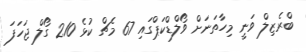
ބްރެޒިލް ވަނީ މިހާތަނަށް ވޯލްޑްކަޕްގައި 67 މެޗް ކުޅެ 210 ގޯލް ޖަހަފަ